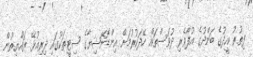
ފިތުރު އީދުގެ ބަންދުގެ އުފާވެރި ދުވަސްތައް ހޭދަކުރުމަށް އިންޑޮނޭޝިޔާގެ ސިޓީތަކުގައި ދިރިއުޅޭ ރައްޔިތުން